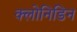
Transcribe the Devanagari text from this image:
क्लोनिडिन